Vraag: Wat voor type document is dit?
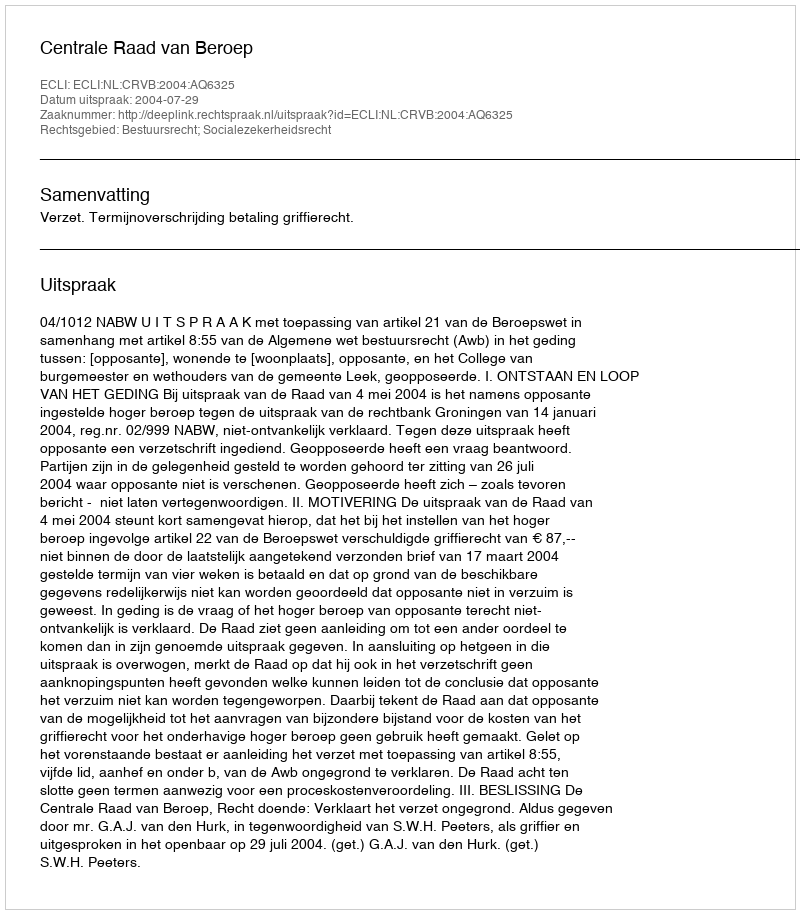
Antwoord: Uitspraak